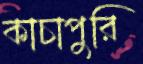
কাচাপুরি